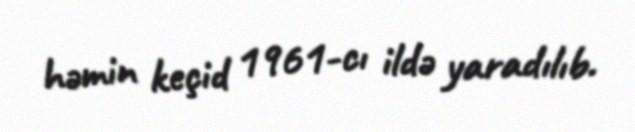
həmin keçid 1961-cı ildə yaradılıb.